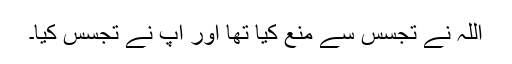
اللہ نے تجسس سے منع کیا تھا اور آپ نے تجسس کیا۔